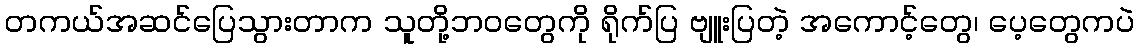
တကယ်အဆင်ပြေသွားတာက သူတို့ဘဝတွေကို ရိုက်ပြ ဗျူးပြတဲ့ အကောင့်တွေ၊ ပေ့တွေကပဲ